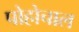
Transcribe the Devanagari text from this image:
पोहोचाल